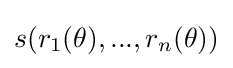
s(r_{1}(\theta ),...,r_{n}(\theta ))